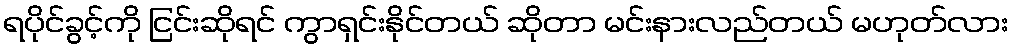
ရပိုင်ခွင့်ကို ငြင်းဆိုရင် ကွာရှင်းနိုင်တယ် ဆိုတာ မင်းနားလည်တယ် မဟုတ်လား